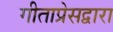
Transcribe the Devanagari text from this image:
गीताप्रेसद्वारा